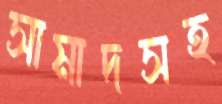
সামাদসহ